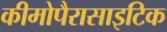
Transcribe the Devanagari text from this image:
कीमोपैरासाइटिक